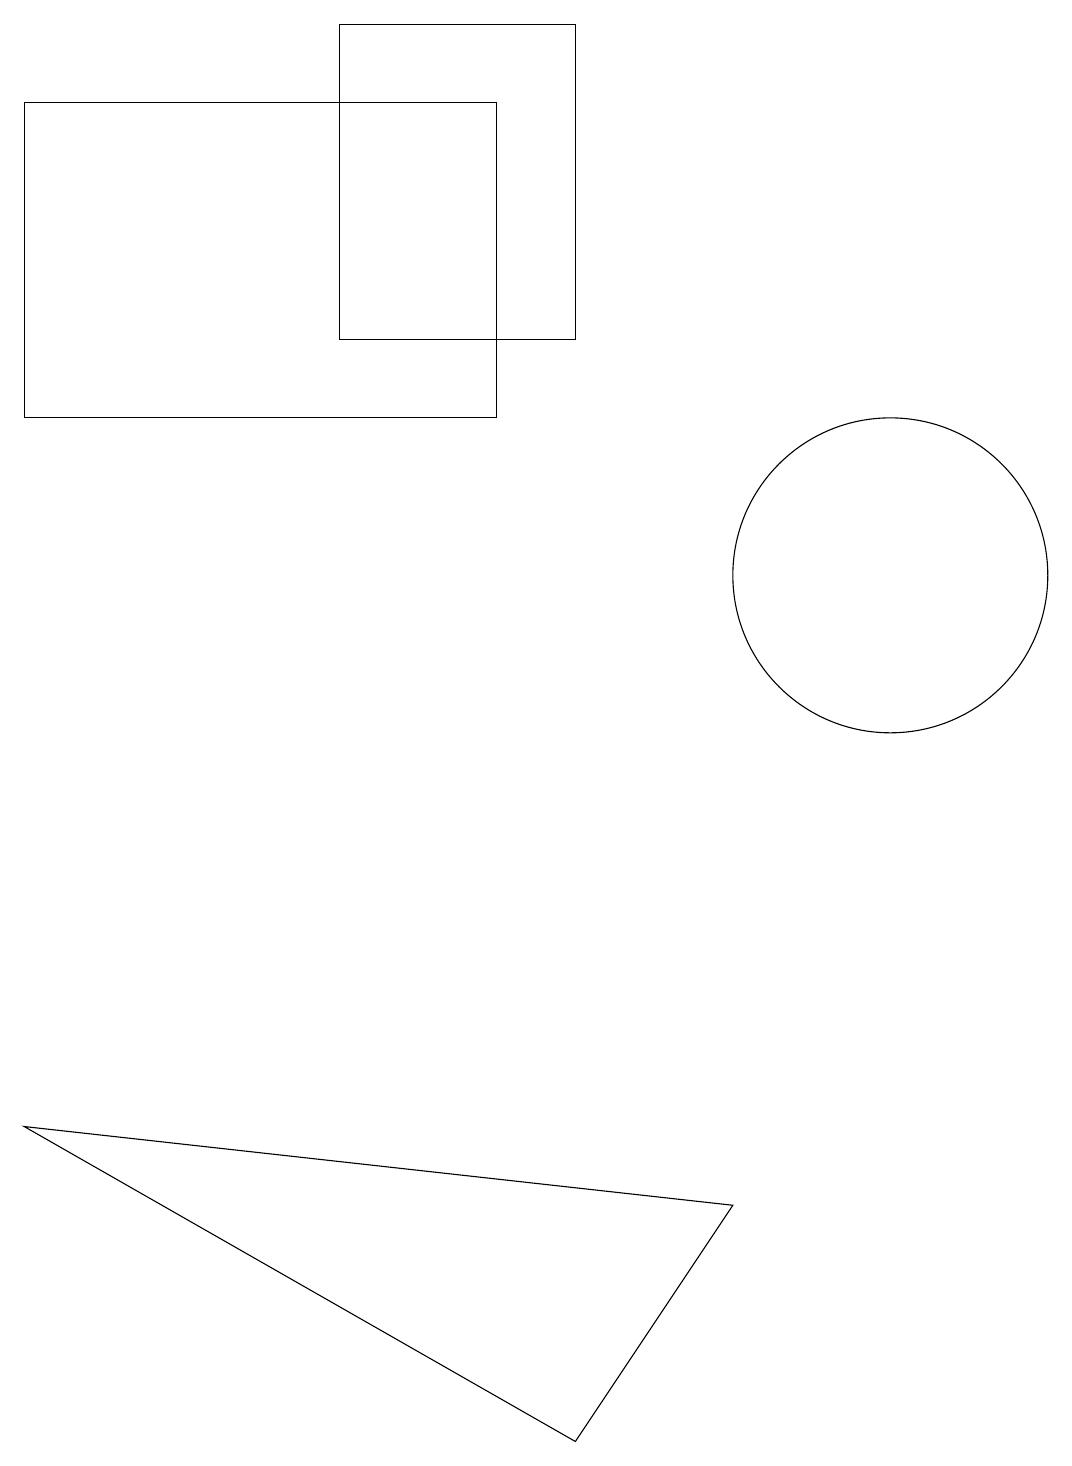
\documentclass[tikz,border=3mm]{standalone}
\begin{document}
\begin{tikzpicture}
\draw (7,1) -- (0,5) -- (9,4) -- cycle;
\draw (11,12) circle (2);
\draw (6,18) rectangle (0,14);
\draw (7,15) rectangle (4,19);
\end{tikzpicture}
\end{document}